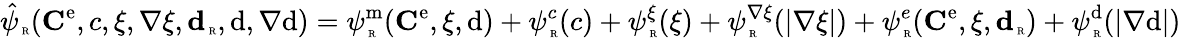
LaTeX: \hat{\psi}_{\mathrm{\tiny~R}}({\mathbf C}^{\mathrm{e}},c,\xi,\nabla\xi,\textbf{d}_{\mathrm{\tiny~R}},\mathrm{d},\nabla\mathrm{d})=\psi_{\mathrm{\tiny~R}}^{\mathrm{m}}({\mathbf C}^{\mathrm{e}},\xi,\mathrm{d})+\psi_{\mathrm{\tiny~R}}^{c}(c)+\psi_{\mathrm{\tiny~R}}^{\xi}(\xi)+\psi_{\mathrm{\tiny~R}}^{\nabla\xi}(|\nabla\xi|)+\psi_{\mathrm{\tiny~R}}^{e}({\mathbf C}^{\mathrm{e}},\xi,\textbf{d}_{\mathrm{\tiny~R}})+\psi_{\mathrm{\tiny~R}}^{\mathrm{d}}(|\nabla\mathrm{d}|)